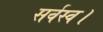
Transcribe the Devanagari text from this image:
सर्वस्व।